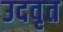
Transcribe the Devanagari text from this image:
उदवृत